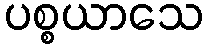
ပစ္စယာသေ